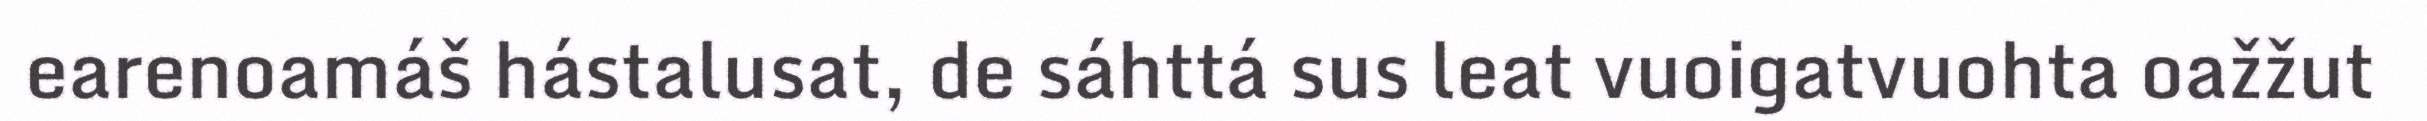
earenoamáš hástalusat, de sáhttá sus leat vuoigatvuohta oažžut